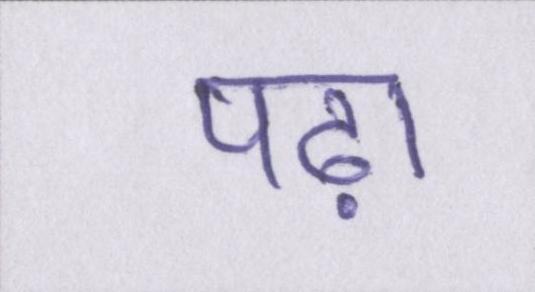
पढ़ा